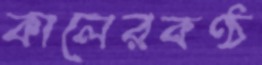
কালেরকণ্ঠ